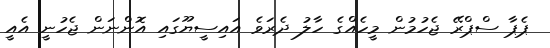
ޕެޕާ ސްޕްރޭ ޖެހުމުން މީހެއްގެ ހާލު ދެރަވެ އައިސީޔޫގައި އޮންނަން ޖެހުނީ އެއީ